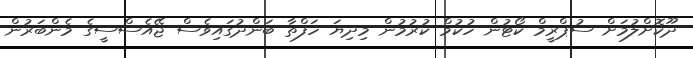
ދޫކޮށްލުމަށް ސުޕްރީމް ކޯޓުން ހުކުމް ކުރުމުން މިދިޔަ ހަފްތާ ބަންދުގައިވެސް ޖޭއެސްސީގެ މެންބަރުން